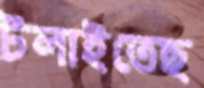
টলাইতেছ